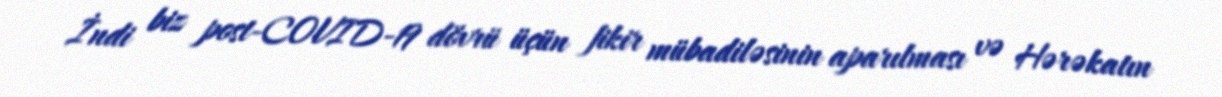
İndi biz post-COVID-19 dövrü üçün fikir mübadiləsinin aparılması və Hərəkatın